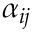
\alpha _ { i j }